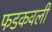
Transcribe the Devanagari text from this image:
फडकवली